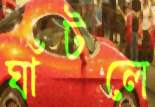
ঘাঁটলে